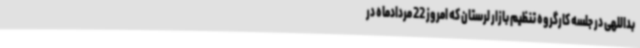
بداللهی در جلسه کارگروه تنظیم بازار لرستان که امروز 22 مردادماه در